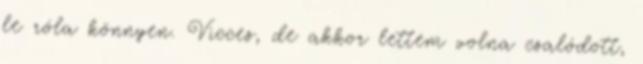
le róla könnyen. Vicces, de akkor lettem volna csalódott,